Annual administration report of the Civil Veterinary Department of India - 1897-1898
Year: 1897
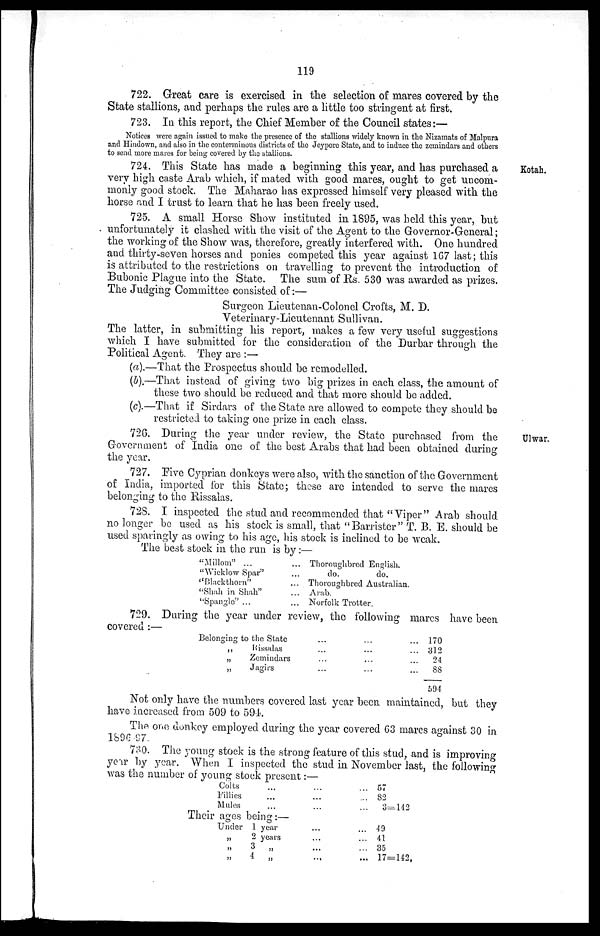
119
722. Great care is exercised in the selection of mares covered by the
State stallions, and perhaps the rules are a little too stringent at first.
723. In this report, the Chief Member of the Council states:—
Notices were again issued to make the presence of the stallions widely known in the Nizamats of Malpura
and Hindown, and also in the conterminous districts of the Joypore State, and to induce the zemindars and others
to send more mares for being covered by the stallions.
Kotah.
724. This State has made a beginning this year, and has purchased a
very high caste Arab which, if mated with good mares, ought to get uncom-
monly good stock. The Maharao has expressed himself very pleased with the
horse and I trust to learn that he has been freely used.
725. A small Horse Show instituted in 1895, was held this year, but
unfortunately it clashed with the visit of the Agent to the Governor-General;
the working of the Show was, therefore, greatly interfered with. One hundred
and thirty-seven horses and ponies competed this year against 167 last; this
is attributed to the restrictions on travelling to prevent the introduction of
Bubonic Plague into the State. The sum of Rs. 530 was awarded as prizes.
The Judging Committee consisted of:—
Surgeon Lieutenan-Colonel Crofts, M. D.
Veterinary-Lieutenant Sullivan.
The latter, in submitting his report, makes a few very useful suggestions
which I have submitted for the consideration of the Durbar through the
Political Agent. They are :—
(a).—That the Prospectus should be remodelled.
(b).—That instead of giving two big prizes in each class, the amount of
these two should be reduced and that more should be added.
(c).—That if Sirdars of the State are allowed to compete they should be
restricted to taking one prize in each class.
Ulwar.
726. During the year under review, the State purchased from the
Government of India one of the best Arabs that had been obtained during
the year.
727. Five Cyprian donkeys were also, with the sanction of the Government
of India, imported for this State; these are intended to serve the mares
belonging to the Rissalas.
728. I inspected the stud and recommended that "Viper" Arab should
no longer be used as his stock is small, that "Barrister" T. B. E. should be
used sparingly as owing to his age, his stock is inclined to be weak.
The best stock in the run is by:—
"Millom" ...
"Wicklow Spar"
"Blackthorn"
"Shah in Shah"
"Spangle" ...
...
...
...
...
...
Thoroughbred English.
do.
do.
Thoroughbred Australian.
Arab.
Norfolk Trotter.
729. During the year under review, the following mares have been
covered:—
Belonging to the State
„
Rissalas
„
Zemindars
„
Jagirs
...
...
...
...
...
...
...
...
...
...
...
...
170
312
24
88
594
Not only have the numbers covered last year been maintained, but they
have increased from 509 to 594.
The one donkey employed during the year covered 63 mares against 30 in
1896-97
730. The young stock is the strong feature of this stud, and is improving
year by year. When I inspected the stud in November last, the following
was the number of young stock present:—
Colts
Fillies
Mules
...
...
...
...
...
...
...
...
...
57
82
3=142
Their ages being:—
Under
„
„
„
1 year
2 years
3 „
4 „
...
...
...
...
...
...
...
...
49
41
35
17=142,